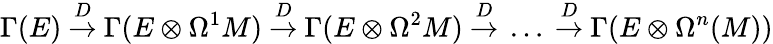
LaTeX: \Gamma(E)\ {\stackrel{D}{\to}}\ \Gamma(E\otimes\Omega^{1}M)\ {\stackrel{D}{\to}}\ \Gamma(E\otimes\Omega^{2}M)\ {\stackrel{D}{\to}}\ \dots\ {\stackrel{D}{\to}}\ \Gamma(E\otimes\Omega^{n}(M))